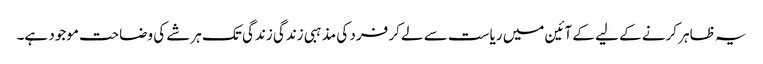
یہ ظاہر کرنے کے لیے کے آئین میں ریاست سے لے کر فرد کی مذہبی زندگی زندگی تک ہرشے کی وضاحت موجود ہے۔